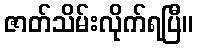
ဇာတ်သိမ်းလိုက်ရပြီ။